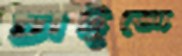
চাটুজ্যে